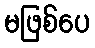
မဖြစ်ပေ